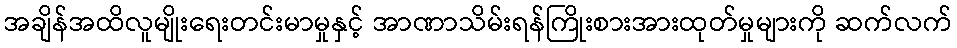
အချိန်အထိလူမျိုးရေးတင်းမာမှုနှင့် အာဏာသိမ်းရန်ကြိုးစားအားထုတ်မှုများကို ဆက်လက်